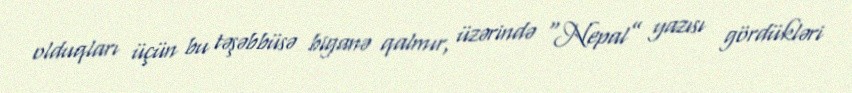
olduqları üçün bu təşəbbüsə biganə qalmır, üzərində “Nepal” yazısı gördükləri